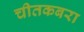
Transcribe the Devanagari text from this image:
चीतकबरा